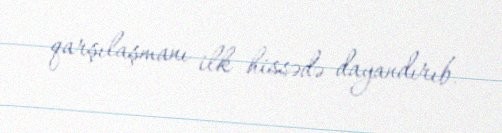
qarşılaşmanı ilk hissədə dayandırıb.